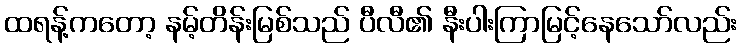
ထရန့်ကတော့ နမ့်တိန်းမြစ်သည် ပီလီ၏ နီးပါးကြာမြင့်နေသော်လည်း